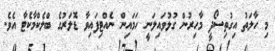
މި ހާލަތު އިގުތިސޯދީ މާހިރުން ގުޅުވައިލަނީ ހަމައިން ނެއްޓިފައިވާ ޑޮލަރުގެ ބްލެކްމާކެޓާ އެވެ.